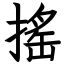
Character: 搖